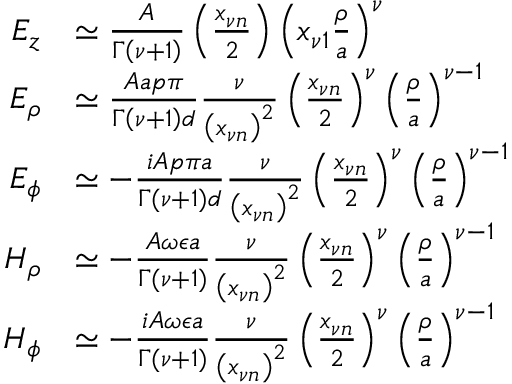
\begin{array} { r l } { E _ { z } } & { \simeq \frac { A } { \Gamma \left( \nu + 1 \right) } \left( \frac { x _ { \nu n } } { 2 } \right) \left( x _ { \nu 1 } \frac { \rho } { a } \right) ^ { \nu } } \\ { E _ { \rho } } & { \simeq \frac { A a p \pi } { \Gamma \left( \nu + 1 \right) d } \frac { \nu } { \left( x _ { \nu n } \right) ^ { 2 } } \left( \frac { x _ { \nu n } } { 2 } \right) ^ { \nu } \left( \frac { \rho } { a } \right) ^ { \nu - 1 } } \\ { E _ { \phi } } & { \simeq - \frac { i A p \pi a } { \Gamma ( \nu + 1 ) d } \frac { \nu } { \left( x _ { \nu n } \right) ^ { 2 } } \left( \frac { x _ { \nu n } } { 2 } \right) ^ { \nu } \left( \frac { \rho } { a } \right) ^ { \nu - 1 } } \\ { H _ { \rho } } & { \simeq - \frac { A \omega \epsilon a } { \Gamma ( \nu + 1 ) } \frac { \nu } { \left( x _ { \nu n } \right) ^ { 2 } } \left( \frac { x _ { \nu n } } { 2 } \right) ^ { \nu } \left( \frac { \rho } { a } \right) ^ { \nu - 1 } } \\ { H _ { \phi } } & { \simeq - \frac { i A \omega \epsilon a } { \Gamma ( \nu + 1 ) } \frac { \nu } { \left( x _ { \nu n } \right) ^ { 2 } } \left( \frac { x _ { \nu n } } { 2 } \right) ^ { \nu } \left( \frac { \rho } { a } \right) ^ { \nu - 1 } } \end{array}